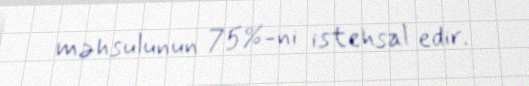
məhsulunun 75%-ni istehsal edir.